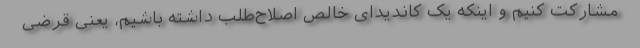
مشارکت کنیم و اینکه یک کاندیدای خالص اصلاح‌طلب داشته باشیم، یعنی قرضی